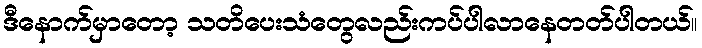
ဒီနောက်မှာတော့ သတိပေးသံတွေလည်းကပ်ပါလာနေတတ်ပါတယ်။